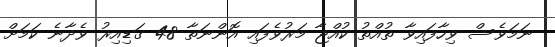
ނަމަވެސް ވިހާފައިވާ ތުއްތު ކުއްޖާ މަރުވެފައި އޮންނަތާ 48 ގަޑިއިރު ވެދާނެ ކަމަށް